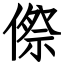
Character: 傺